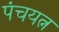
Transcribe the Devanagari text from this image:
पंचयत्न